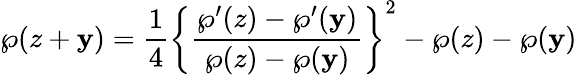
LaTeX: \wp(z+\mathbf{y})={\frac{{1}}{{4}}}\left\{ {\frac{{\wp^{\prime}(z)-\wp^{\prime}(\mathbf{y})}}{{\wp(z)-\wp(\mathbf{y})}}}\right\} ^{2}-\wp(z)-\wp(\mathbf{y})